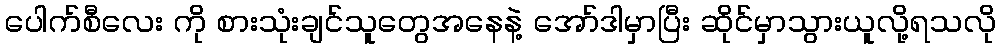
ပေါက်စီလေး ကို စားသုံးချင်သူတွေအနေနဲ့ အော်ဒါမှာပြီး ဆိုင်မှာသွားယူလို့ရသလို